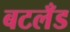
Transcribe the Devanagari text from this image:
बटलँड